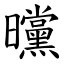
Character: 曭